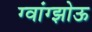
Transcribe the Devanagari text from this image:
ग्वांग्झोऊ